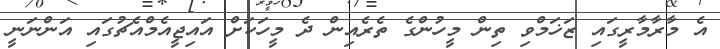
އެ މާރާމާރީގައި ޒަޚަމްވި ތިން މީހުންގެ ތެރެއިން ދެ މީހަކަށް އައިޖީއެމްއެޗުގައި އަންނަނީ